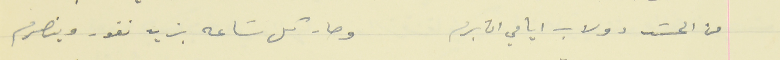
من الحسَد دولاب ايامي ان برم                        وصار كل سَاعه بزيد نفور وينصرم